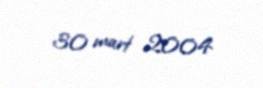
30 mart 2004